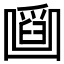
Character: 𠚜